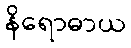
နိရောဓာယ